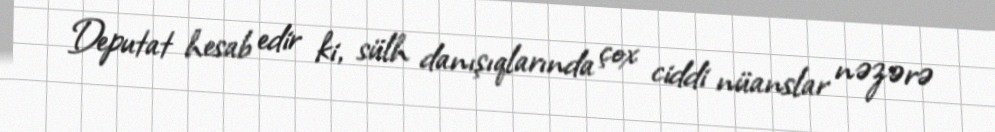
Deputat hesab edir ki, sülh danışıqlarında çox ciddi nüanslar nəzərə